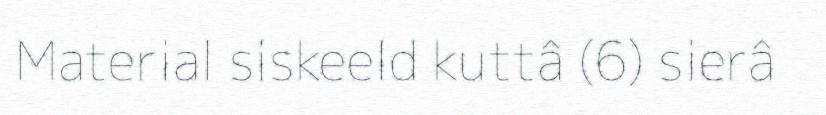
Material siskeeld kuttâ (6) sierâ